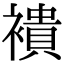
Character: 䙡